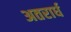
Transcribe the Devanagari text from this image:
अतरार्ध